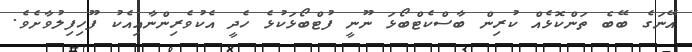
އޭނަގެ ބޭބެ ތަންކޮޅެއް ކުރިން ބާސްކެޓްބޯޅަ ނޫނީ ފުޓްބޯޅަކުޅެ ހެދީ އެކުވެރިންނާއިއެކު ފޫހިފިލުވާށެވެ.